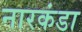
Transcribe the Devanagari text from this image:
नारकंडा